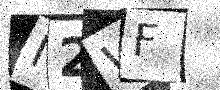
Text: I2WF